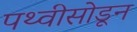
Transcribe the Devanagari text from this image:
पथ्वीसोडून